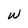
Character: W